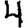
Digit: 4